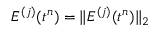
\bar { E } ^ { ( j ) } ( t ^ { n } ) = \| E ^ { ( j ) } ( t ^ { n } ) \| _ { 2 }